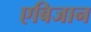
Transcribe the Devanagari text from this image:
एबिजान